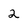
Character: 2